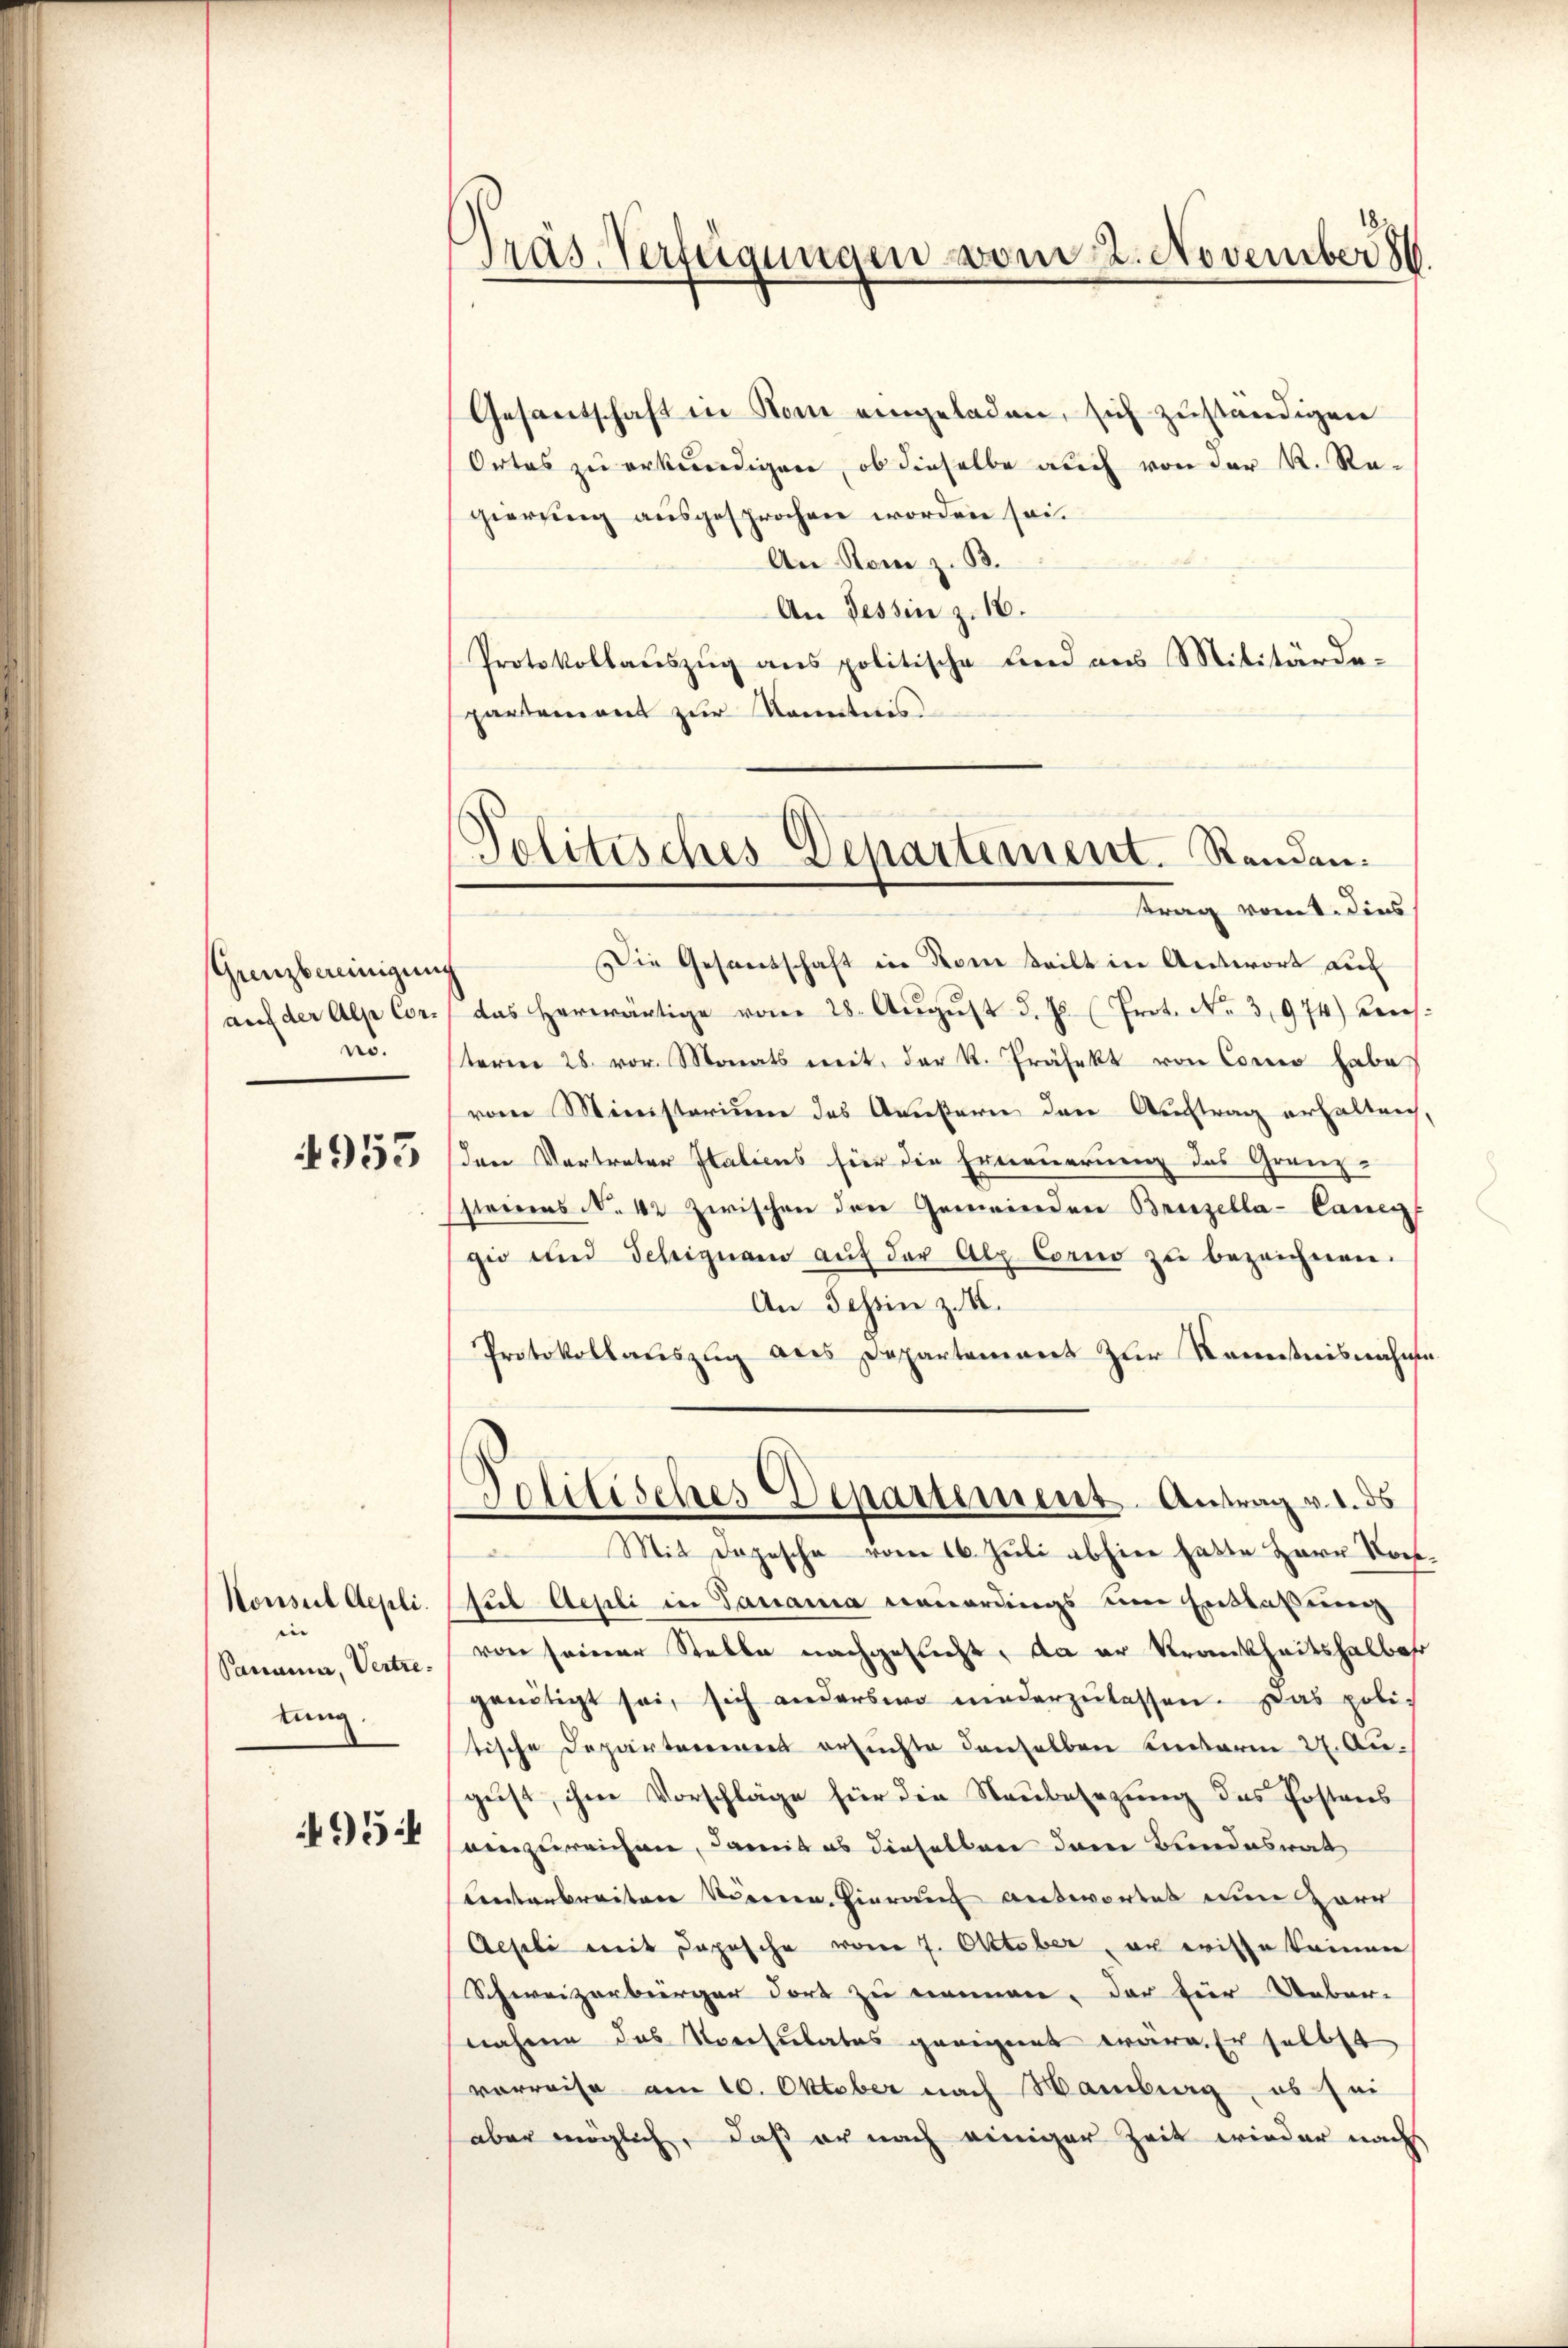
Grenzbereinigung
auf der Alpe Coras.

953

Konsul Aepli
i
Sanana, Vertretung.

95

Präs. Verfügungen vom 22. November 186

Gesandschaft in Rom eingeladen, sich zuständigen
Ortes zu erkundigen, ob dieselbe auch von der K. Regierung ausgesprochen worden sei.
An Rom z. B.
An Tessin z. 16.
Protokollauszug aus politische Lied aus Militärdepartement zur Kenntnis
Die Gesandschaft in Rom steilt in Antwort auf
das herwärtige vom 28. Aŭgŭst d. Js. (Prot. No 3,974) Kreisterier 28. vor. Monats mit der K. Präfekt von Como habe
vom Ministerium das Amesterie der Auftrag erhalten,
den Vertreter Italicus für die Erneuerung des Grenz-
steines N. 42 zwischen den Gemeinden Brinzella-Canen
gio und Schignano aŭf der Alp Corno zu bezeichnen.
An Tessin z. B.
Protokollauszug des Departement zur Kenntnisnahme
Politisches Departement. Antrag v. 1. ds
.
Mit Depesche vom 16. Juli abhier hatte Herr Postsub Aepli in Sanania neuerdings um Entlassung
von seiner Stelle nachgesucht, da er Krankheitshalber
genötigt sei, sich anderswo niederzŭlassen. Das poli-
tische Departement ersuchte denselben Einterm 27. August, ihm Vorschläge für die Neubesezung des Postens
aenzureichen, damit es dieselbare dem Bundesrat
Unterbreiten vieren. Hierauf antwortet ein Zarr
Aesili mit Daposche vom 7. Oktober, er wisse keinen
Schweizerbürger dort zu einemmen, der für Ueber-
nahme das Norsulates geeignet wäre. Er selbst
vorreise am 10. Oktober nach Hamberg, es sei
aber möglich, daß er nach einiger Zeit wieder nach

Politisches Departement. Renden.
trag vomt. Dies